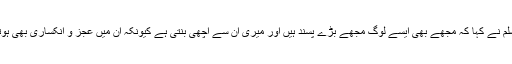
محموداسلم نے کہا کہ مجھے بھی ایسے لوگ مجھے بڑے پسند ہیں اور میری ان سے اچھی بنتی ہے کیونکہ ان میں عجز و انکساری بھی ہوتی ہے ۔